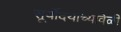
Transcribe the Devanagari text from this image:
सूर्योदयाच्यावेळी